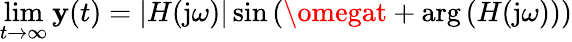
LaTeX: \operatorname*{lim}_{t\to\infty}\mathbf{y}(t)=|H(\mathrm{{j}}\omega)|\sin\left(\omegat+\arg\left(H(\mathrm{{j}}\omega)\right)\right)